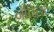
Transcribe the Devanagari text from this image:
नॉरिलट